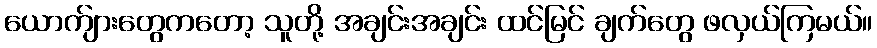
ယောက်ျားတွေကတော့ သူတို့ အချင်းအချင်း ထင်မြင် ချက်တွေ ဖလှယ်ကြမယ်။